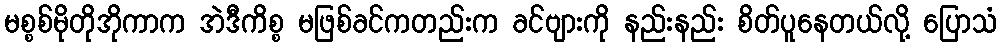
မစ္စစ်မိုတိုအိုကာက အဲဒီကိစ္စ မဖြစ်ခင်ကတည်းက ခင်ဗျားကို နည်းနည်း စိတ်ပူနေတယ်လို့ ပြောသံ